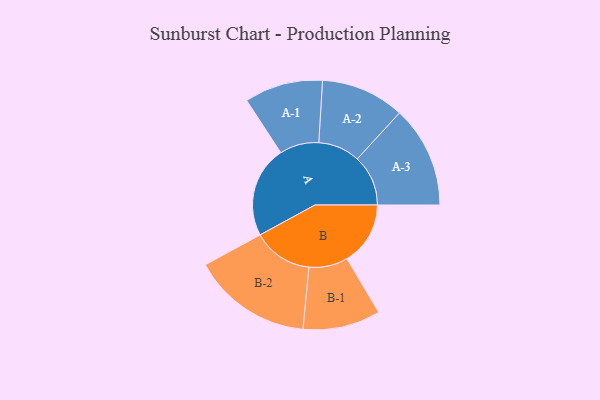
{"axis": {"x": "Segment", "y": "Value"}, "legend": ["", "A", "B"], "data": [{"x": "A", "y": 457, "type": ""}, {"x": "B", "y": 317, "type": ""}, {"x": "A-1", "y": 196, "type": "A"}, {"x": "A-2", "y": 209, "type": "A"}, {"x": "A-3", "y": 254, "type": "A"}, {"x": "B-1", "y": 194, "type": "B"}, {"x": "B-2", "y": 299, "type": "B"}]}